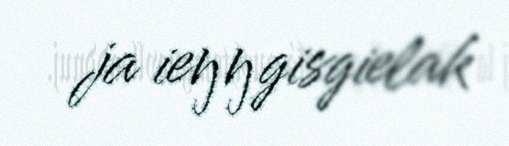
ja ieŋŋgisgielak